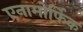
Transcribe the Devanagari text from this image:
एनामोर्फिक